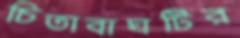
চিতাবাঘটির